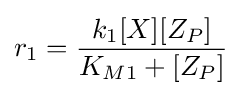
r_{1}={\frac {k_{1}[X][Z_{P}]}{K_{M1}+[Z_{P}]}}